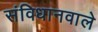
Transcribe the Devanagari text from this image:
संविधानवाले